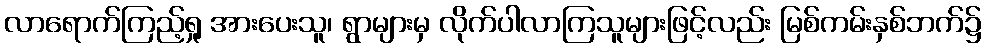
လာရောက်ကြည့်ရှု အားပေးသူ၊ ရွာများမှ လိုက်ပါလာကြသူများဖြင့်လည်း မြစ်ကမ်းနှစ်ဘက်၌